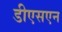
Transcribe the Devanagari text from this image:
डीएसएन